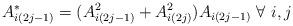
LaTeX: \begin{align*} A_{i(2j-1)}^* = (A_{i(2j-1)}^2 + A_{i(2j)}^2)A_{i(2j-1)} \ \forall \ i,j \end{align*}